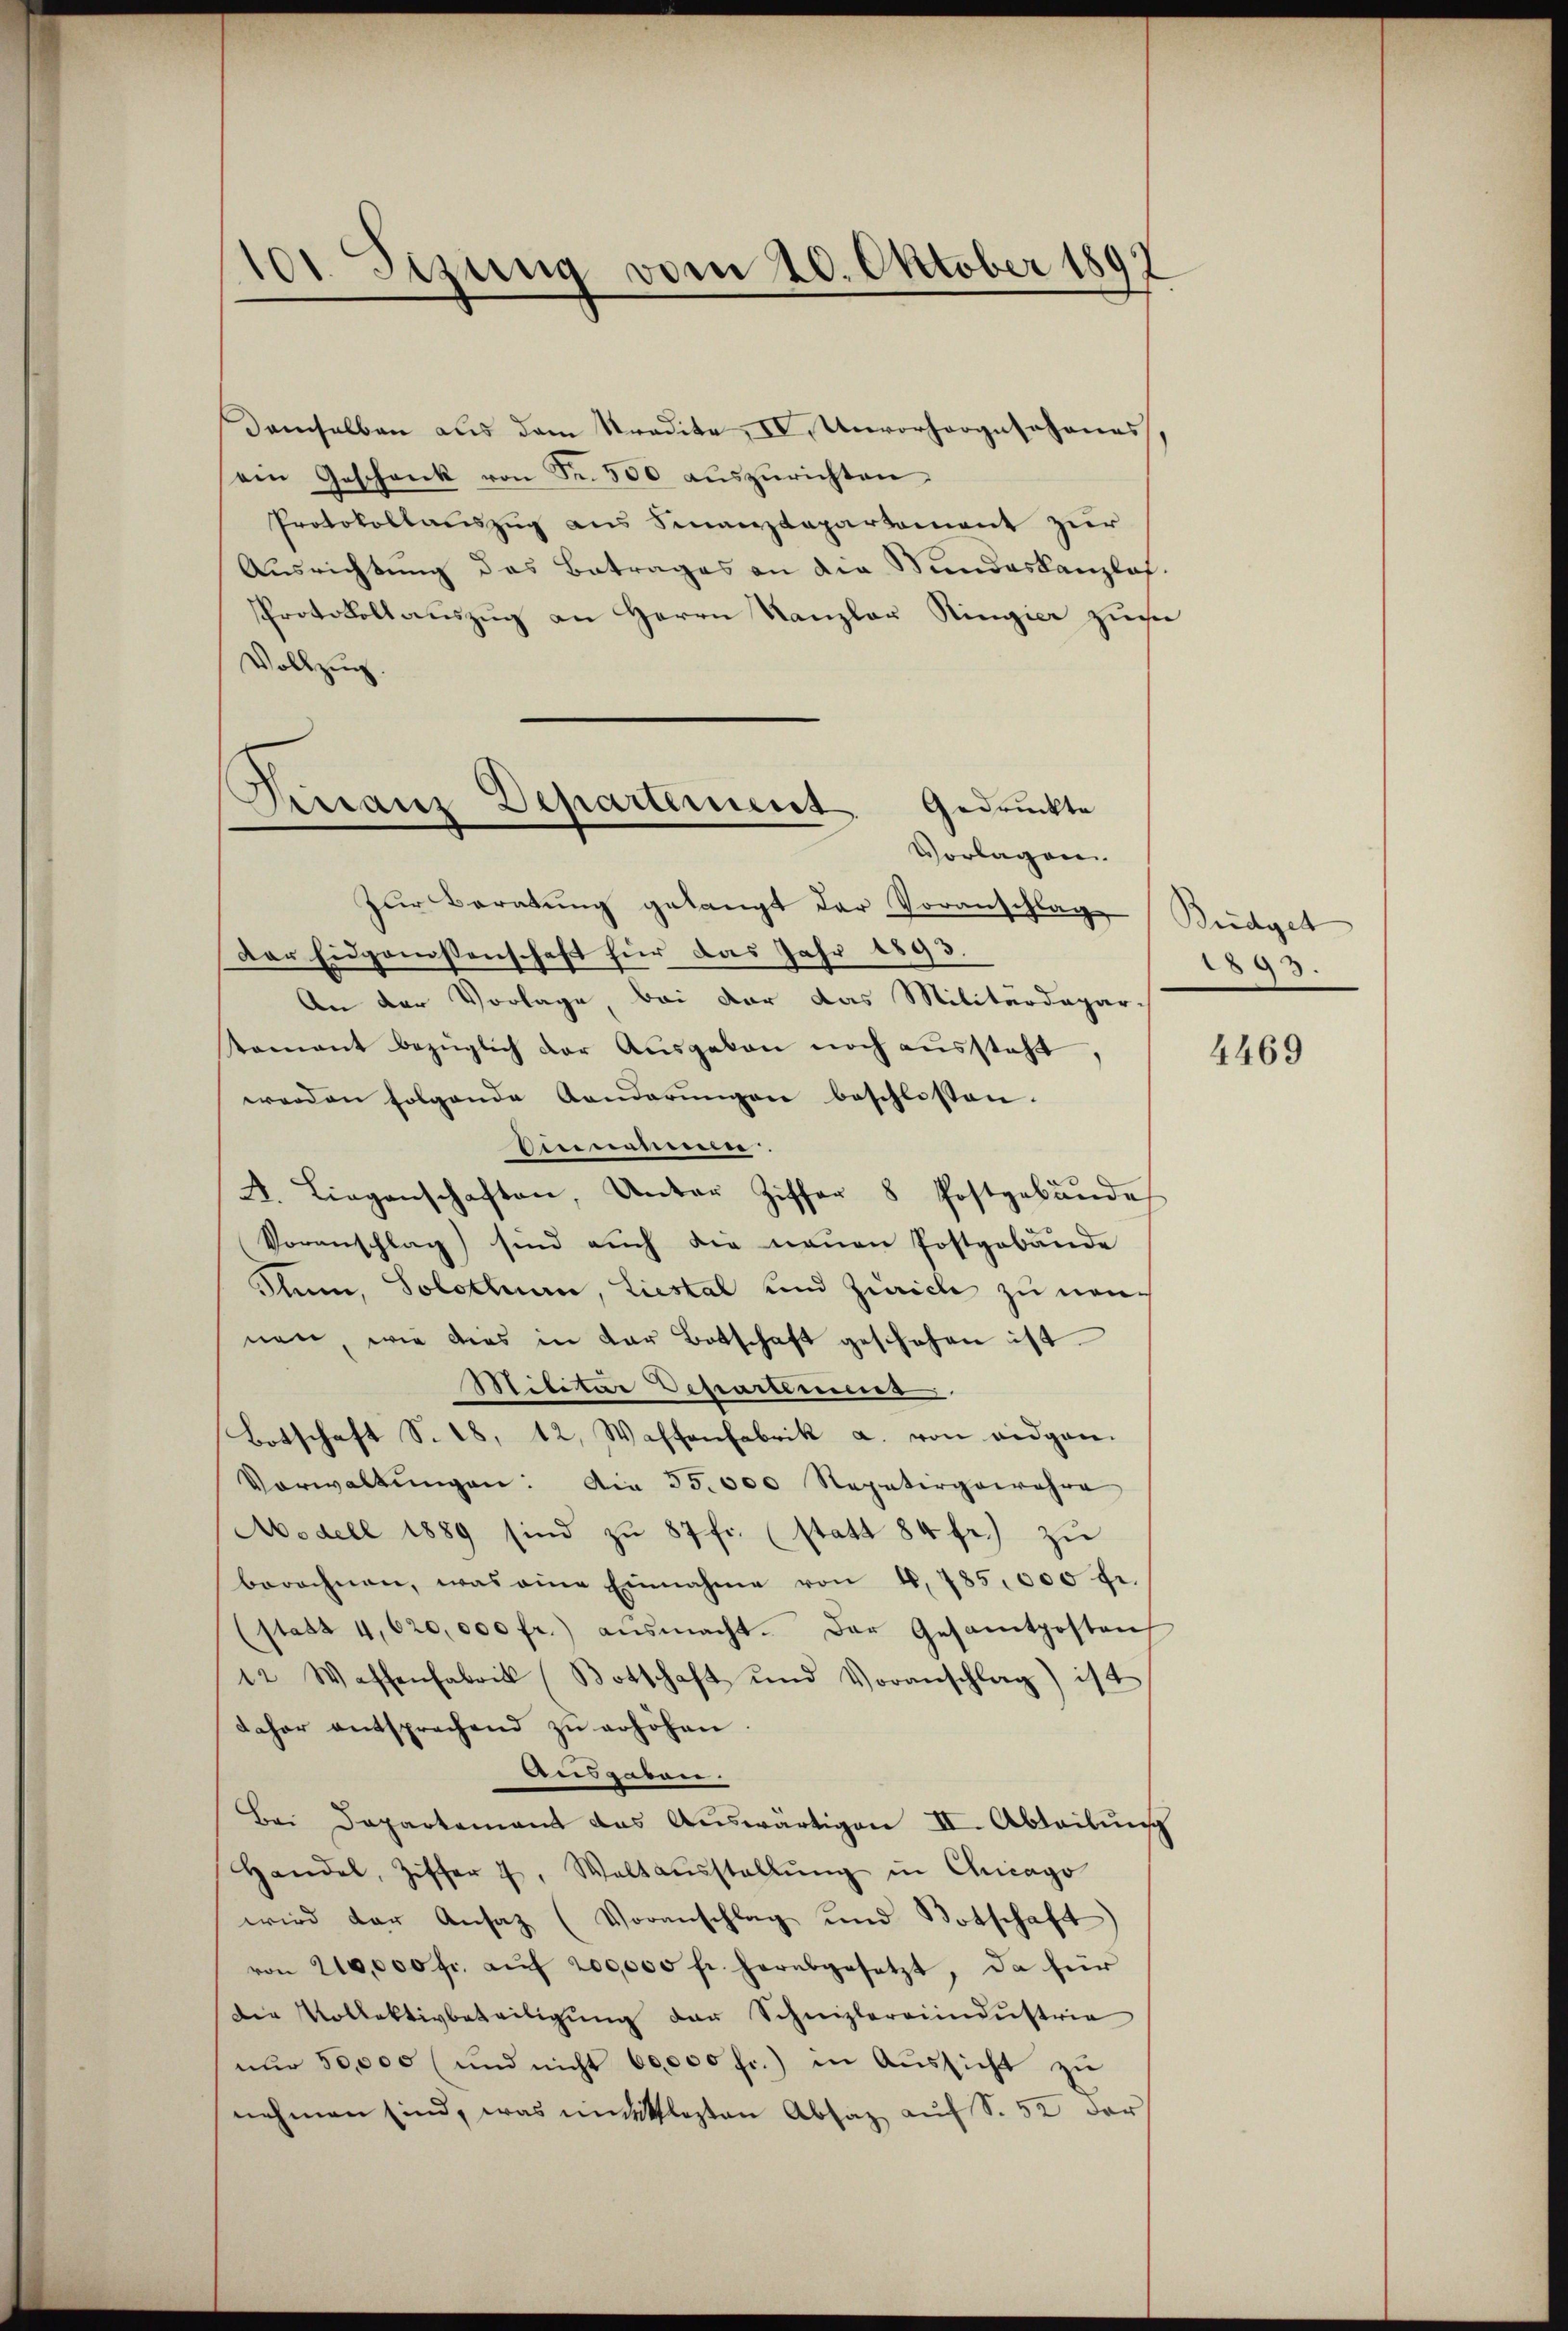
101 Sizung vom 20. Oktober 1897

Demselben aus dem Stradita, IV, Unvorhergeschones
ain Geschenk von Fr. 500 aŭszŭrichten
Protokollauszug aus Finanzdepartement zur
Ausrichtung das Betrages an die Sandeskanzlos.
Protokollauszug an Herrn Kanzler Ringier zu¬
Vollzug.
Vorlagen.
zur Beratung gelangt der Voranschlag
Der Eidgenossenschaft für das Jahr 1893.
An der Vorlage bei der das Militärdepartamant bezüglich der Ausgaben noch aussteht,
werden folgende Aenderŭngen beschlossen.
Einnammen
A. Liegenschaften, Unter Ziffer 8 Postgebundes.
Voranschlag sind auch die neuen Postgebäude
Ptum, Solothurn, Liestal und Zürich zu neunen wie dies in der Botschaft geschehen ist.
Militar Departemess
Botschaft S. 18, 12, Waffenfabrik a. von eidgen.
Vorwaltŭngen: Die 35,000 Repetirgowahre
Modell 1889 sind zŭ 87 fr. (statt 84 fr.) zŭ
berechnen, was eine Einnahme von 4,785,000 fr.
(statt 4,620,000 fr.) ausmacht. Der Gesamtposten
12. Wassenfabrik (Botschaft und Voranschlag) ist
daher entsprechend zu erhöhen.
Ausgaben.
Bei Departement das Auswärtigen II. Abteilung
Handel, Ziffer u. Waltaŭsstellŭng in Chicago
wird der Ansatz (Voranschlag und Botschaft
von 210,000 fr. aŭf 200,000 fr. herabgesetzt, da für
die Vollektivbeteiligŭng der Schnizlereiindustrie
nŭr 50,000 (und nicht 60,000 fr.) in Aŭssicht zu
nehmen sind, was unklasten Absaz auf S. 52 der

Firranz Departement. Gedruckte

Büdget
1893.

4469